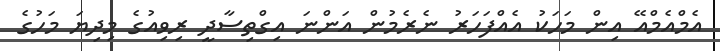
އެމްއެމްއޭ އިން މަހަކު އެއްފަހަރު ނެރެމުން އަންނަ އިގްތިސާދީ ރިވިއުގެ މިދިޔަ މަހުގެ